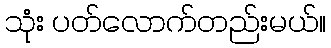
သုံး ပတ်လောက်တည်းမယ်။